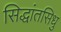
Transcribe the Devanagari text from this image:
सिद्धांतसिधु